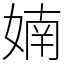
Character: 婻